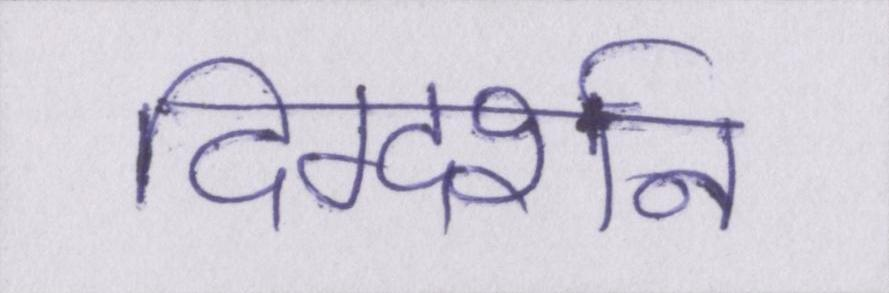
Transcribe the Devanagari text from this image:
दिग्दर्शन